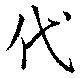
代